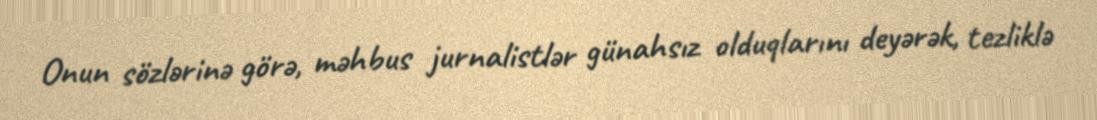
Onun sözlərinə görə, məhbus jurnalistlər günahsız olduqlarını deyərək, tezliklə